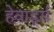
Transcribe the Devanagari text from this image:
हेवार्ड्स